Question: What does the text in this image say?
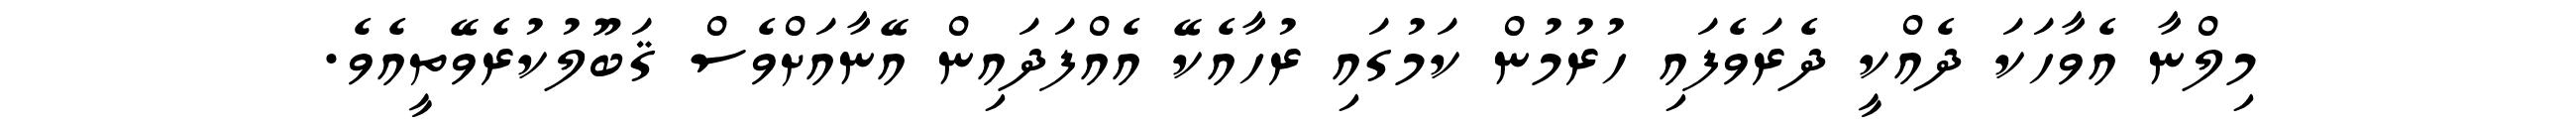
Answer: މިލްނާ އެވާހަކަ ދެއްކީ ދެރަވެފައި ހުރުމުން ކަމުގައި ރުހާއެކޭ އެއްފަދައިން އޭނާއަށްވެސް ޤަބޫލުކުރެވޭތީއެވެ.